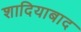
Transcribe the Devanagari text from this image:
शादियाबाद